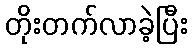
တိုးတက်လာခဲ့ပြီး